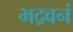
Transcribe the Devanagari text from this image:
भद्रवनं